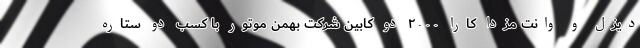
دیزل و وانت مزدا کارا ۲۰۰۰ دو کابین شرکت بهمن موتور با کسب دو ستاره